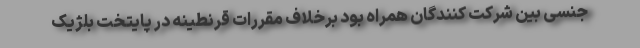
جنسی بین شرکت کنندگان همراه بود برخلاف مقررات قرنطینه در پایتخت بلژیک